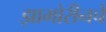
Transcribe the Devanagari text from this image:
झामोरीनचे